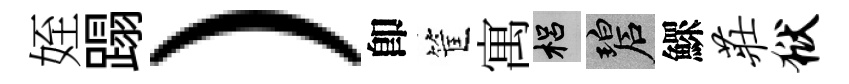
姪蹋）卽筐寓梠碧鰥庄狱